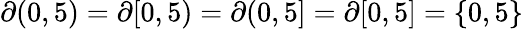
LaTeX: \partial(0,5)=\partial[0,5)=\partial(0,5]=\partial[0,5]=\{ 0,5\}